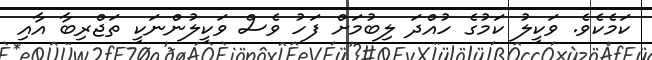
ކަމެކެވެ. ވަކީލު ކަމުގެ ހުއްދަ ލިބުމަށް ފަހު ވެސް ވަކީލުންނަކީ ތަޖްރިބާ އާއި